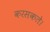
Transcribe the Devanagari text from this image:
करसकते।